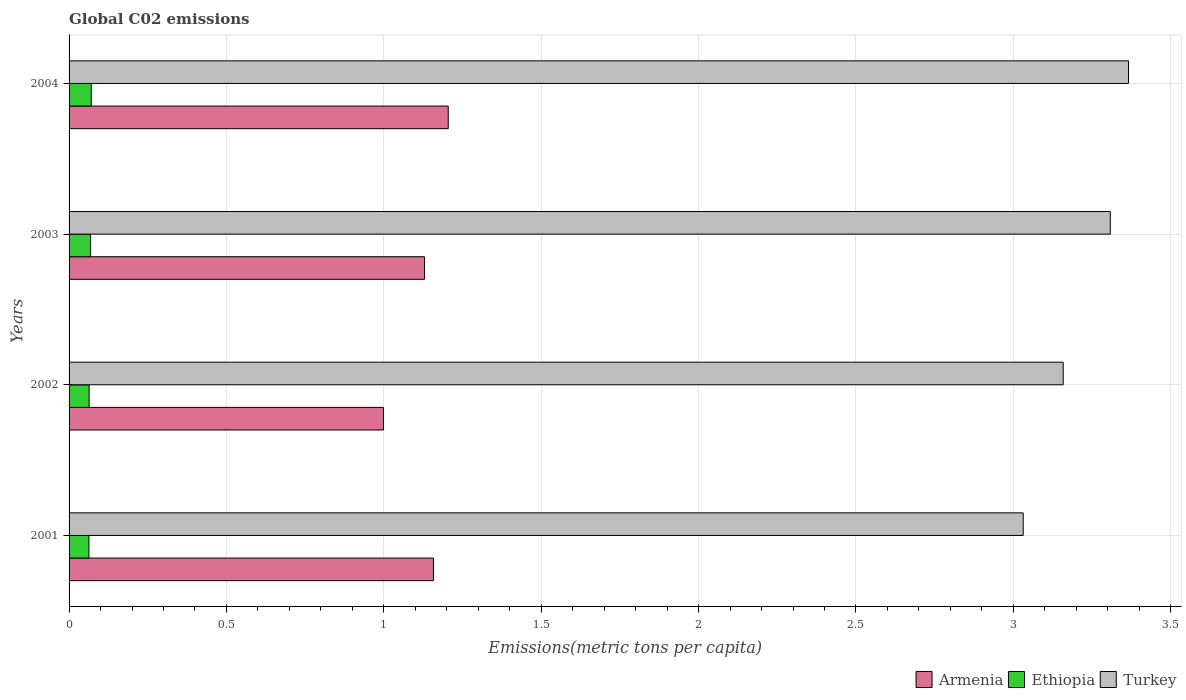
| Years | Armenia | Ethiopia | Turkey |
 | --- | --- | --- | --- |
 | 2001 | 1.16 | 0.063 | 3.03 |
 | 2002 | 0.999 | 0.0637 | 3.16 |
 | 2003 | 1.13 | 0.0683 | 3.31 |
 | 2004 | 1.2 | 0.0704 | 3.37 |